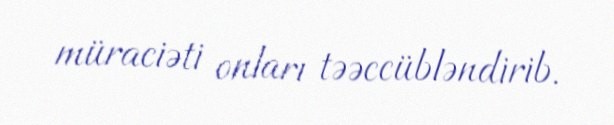
müraciəti onları təəccübləndirib.